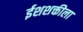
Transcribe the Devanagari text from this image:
ईशशक्तीला